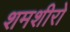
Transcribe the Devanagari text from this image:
शमशीरो